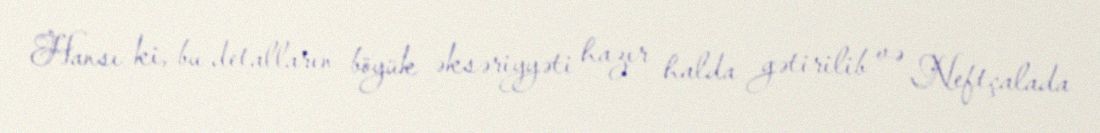
Hansı ki, bu detalların böyük əksəriyyəti hazır halda gətirilib və Neftçalada